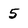
Character: 5